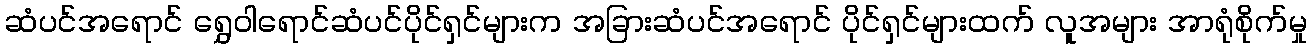
ဆံပင်အရောင် ရွှေဝါရောင်ဆံပင်ပိုင်ရှင်များက အခြားဆံပင်အရောင် ပိုင်ရှင်များထက် လူအများ အာရုံစိုက်မှု